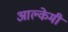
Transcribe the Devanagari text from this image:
आल्‍केमी